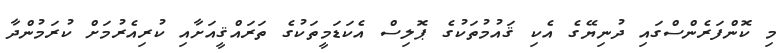
މި ކޮންފަރެންސްގައި ދުނިޔޭގެ އެކި ޤައުމުތަކުގެ ޕޮލިސް އެކަޑަމީތަކުގެ ތަރައްޤީއަށާއި ކުރިއެރުމަށް ކުރަމުންދާ